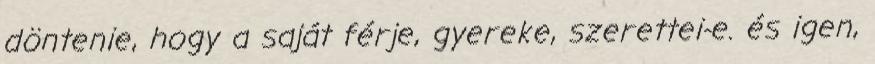
döntenie, hogy a saját férje, gyereke, szerettei-e. és igen,